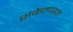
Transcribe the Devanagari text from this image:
संकेतपद्धत